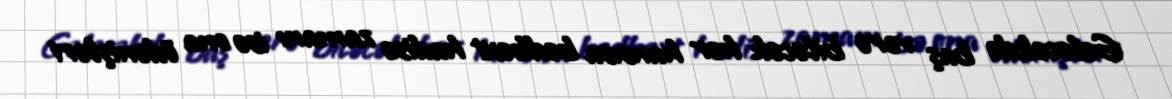
Gələcəkdə baş verə biləcək hər hansısa bədbəxt hadisə zamanı isə ona ödənişləri